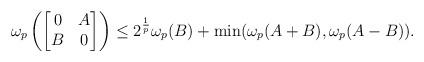
LaTeX: \begin{align*}\omega_{p}\left(\begin{bmatrix}0 & A \\B & 0\end{bmatrix}\right)\leq 2^{\frac{1}{p}}\omega_{p}(B)+\min(\omega_{p}(A+B),\omega_{p}(A-B)).\end{align*}